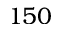
1 5 0